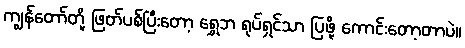
ကျွန်တော်တို့ ဖြတ်ပစ်ပြီးတော့ ရွှေဘ ရုပ်ရှင်သာ ပြဖို့ ကောင်းတော့တာပဲ။